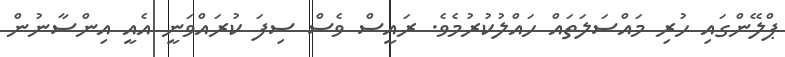
ޕްލޭންގައި ހުރި މައްސަލަތައް ހައްލުކުރުމެވެ. ރައީސް ވެސް ސިފަ ކުރައްވަނީ އެއީ އިންސާނުން